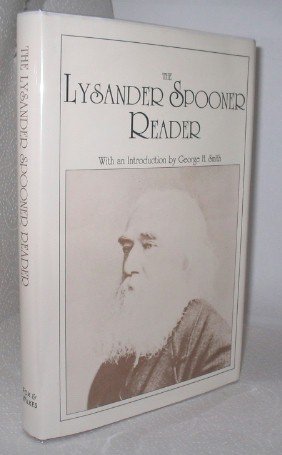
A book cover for The Lysander Spooner Reader; Lysander Spooner; Law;